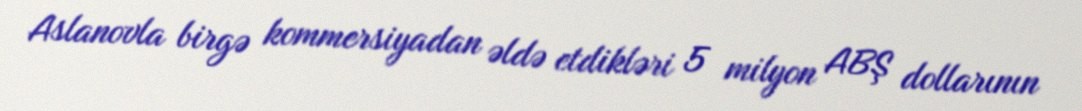
Aslanovla birgə kommersiyadan əldə etdikləri 5 milyon ABŞ dollarının